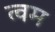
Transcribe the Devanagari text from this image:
त्वम